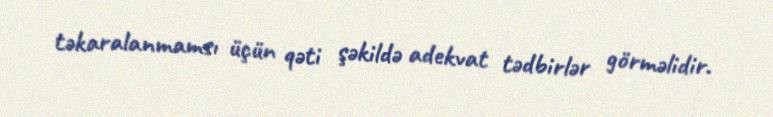
təkaralanmamsı üçün qəti şəkildə adekvat tədbirlər görməlidir.